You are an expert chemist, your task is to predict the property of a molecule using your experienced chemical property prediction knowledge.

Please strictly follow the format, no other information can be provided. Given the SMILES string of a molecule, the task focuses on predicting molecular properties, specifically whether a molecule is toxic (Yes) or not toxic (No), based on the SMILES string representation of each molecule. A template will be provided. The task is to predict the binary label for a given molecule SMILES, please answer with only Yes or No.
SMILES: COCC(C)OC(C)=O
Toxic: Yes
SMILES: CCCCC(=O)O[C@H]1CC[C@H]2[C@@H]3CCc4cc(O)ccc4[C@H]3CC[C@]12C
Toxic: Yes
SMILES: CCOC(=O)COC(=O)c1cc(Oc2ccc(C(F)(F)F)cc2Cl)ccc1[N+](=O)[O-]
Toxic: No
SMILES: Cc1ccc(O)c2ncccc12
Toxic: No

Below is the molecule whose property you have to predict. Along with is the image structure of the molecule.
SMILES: CCCCCCNCCCCCC
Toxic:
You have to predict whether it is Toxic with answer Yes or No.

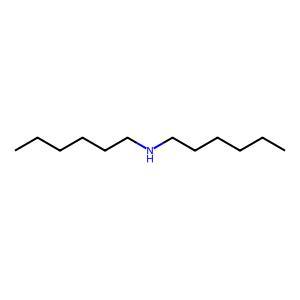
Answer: No